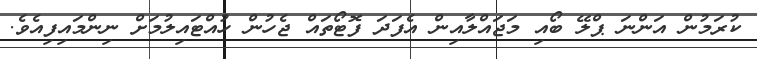
ކުރަމުން އަންނަ ޕްލޭ ބޯއި މަޖައްލާއިން އެފަދަ ފޮޓޯތައް ޖެހުން ހުއްޓައިލުމަށް ނިންމައިފިއެވެ.